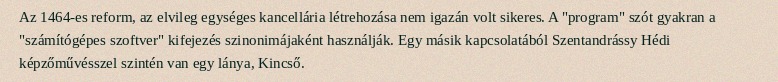
Az 1464-es reform, az elvileg egységes kancellária létrehozása nem igazán volt sikeres. A "program" szót gyakran a "számítógépes szoftver" kifejezés szinonimájaként használják. Egy másik kapcsolatából Szentandrássy Hédi képzőművésszel szintén van egy lánya, Kincső.